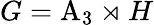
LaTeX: G=\mathrm{A}_{3}\rtimes H